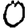
Digit: 0